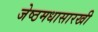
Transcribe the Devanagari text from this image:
जेष्ठमधासारखी